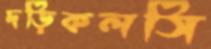
দড়িকলসি